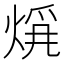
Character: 𤊚